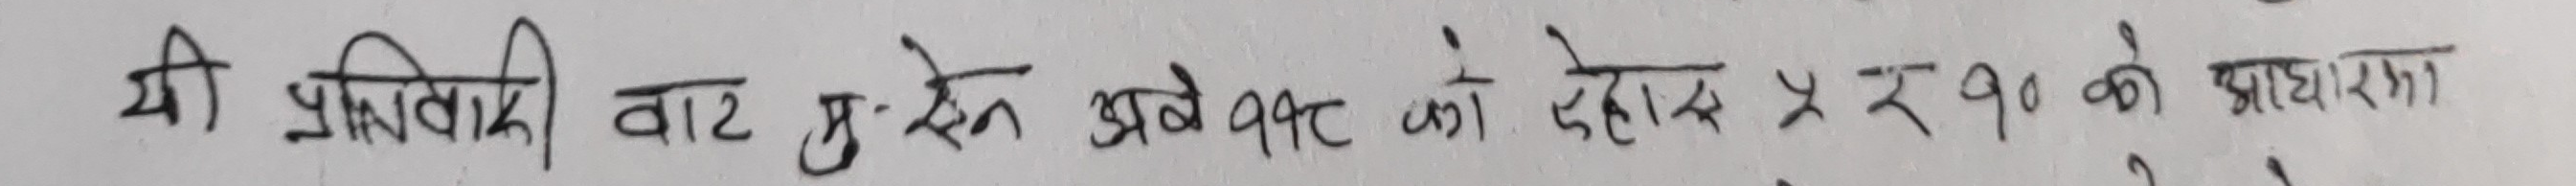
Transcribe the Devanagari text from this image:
यी प्रतिक्रिया बाट हुन् आजै ९० कट को देहाय ४० को प्रकारामा